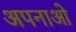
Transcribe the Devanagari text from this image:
अपनाओ